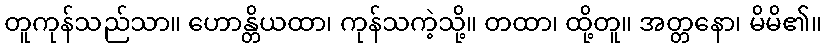
တူကုန်သည်သာ။ ဟောန္တိယထာ၊ ကုန်သကဲ့သို့။ တထာ၊ ထို့တူ။ အတ္တနော၊ မိမိ၏။